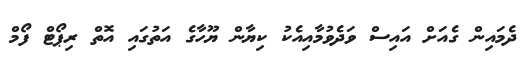
ދެމައިން ގެއަށް އައިސް ވަދެވުމާއިއެކު ކިޔާން ޔޫހާގެ އަތުގައި އޮތް ރިޕޯޓް ފޯމް